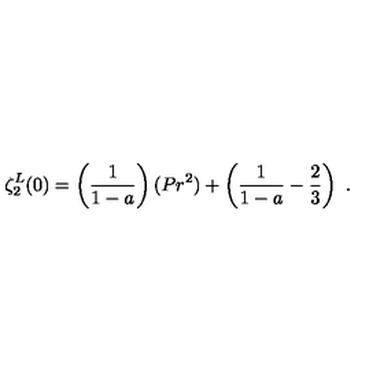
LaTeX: \zeta _ { 2 } ^ { L } ( 0 ) = \left( \frac { 1 } { 1 - a } \right) ( P r ^ { 2 } ) + \left( \frac { 1 } { 1 - a } - \frac { 2 } { 3 } \right) \ .